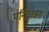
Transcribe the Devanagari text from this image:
मनिवान्नन